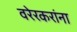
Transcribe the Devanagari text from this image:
वरेरकरांना